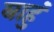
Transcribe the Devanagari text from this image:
बाहुं